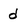
Character: d